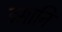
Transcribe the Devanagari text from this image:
इमानि